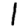
Digit: 1